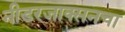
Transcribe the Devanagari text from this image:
नीडरजाक्सनचा